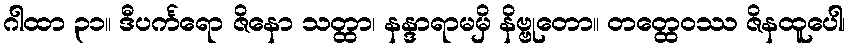
ဂါထာ ၃၁။ ဒီပင်္ကရော ဇိနော သတ္ထာ၊ နန္ဒာရာမမှိ နိဗ္ဗုတော။ တတ္ထေဝဿ ဇိနထူပေါ၊